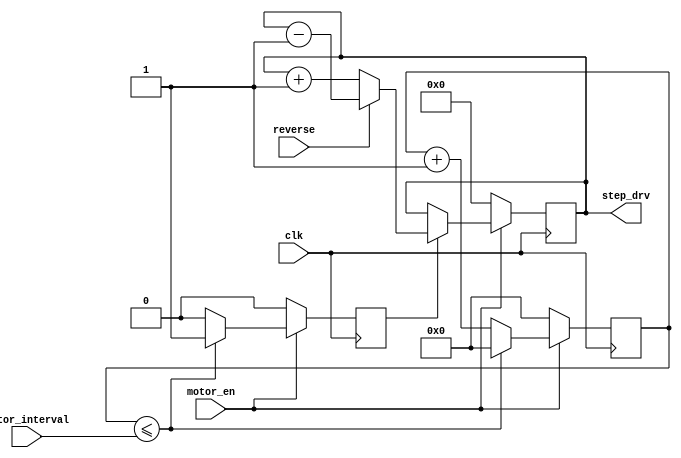
`timescale 1ns / 1ps
//////////////////////////////////////////////////////////////////////////////////
// Company: 
// Engineer: 
// 
// Design Name: 
// Module Name: StepperMotorDrive
// Project Name: 
// Target Devices: 
// Tool Versions: 
// Description: 
// 
// Dependencies: 
// 
// Revision:
// Revision 0.01 - File Created
// Additional Comments:
// 
//////////////////////////////////////////////////////////////////////////////////


module StepperMotorDrive(
    input clk,
    input motor_en,
    input reverse,
    input [7:0] motor_interval,
    output reg [3:0] step_drv
);

reg interval_stb;
reg [7:0] interval_count;

always @ (posedge clk) begin
    if (motor_en) begin
        if (interval_count <= motor_interval) begin
            interval_count <= 0;
            interval_stb <= 1'b1;
        end
        else begin
            interval_count <= interval_count + 1;
            interval_stb <= 1'b0;
        end
    end
    else begin
        interval_count <= 0;
        interval_stb <= 1'b0;
    end
end            

always @ (posedge clk) begin
    if (motor_en) begin
        if (interval_stb) begin
            if (reverse)
                step_drv <= step_drv - 1;
            else
                step_drv <= step_drv + 1;
        end
        else
            step_drv <= step_drv;
    end
    else
        step_drv <= 0;
end

endmodule